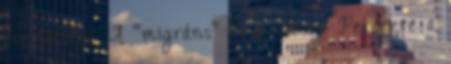
éve történt A "migráns" és a hóesés. Percekre a